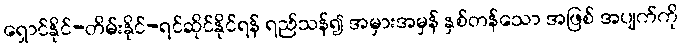
ရှောင်နိုင်-တိမ်းနိုင်-ရင်ဆိုင်နိုင်ရန် ရည်သန်၍ အမှားအမှန် နှစ်တန်သော အဖြစ် အပျက်ကို